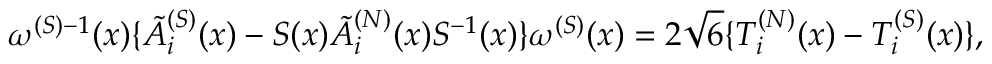
\omega ^ { ( S ) - 1 } ( x ) \{ \tilde { A } _ { i } ^ { ( S ) } ( x ) - S ( x ) \tilde { A } _ { i } ^ { ( N ) } ( x ) S ^ { - 1 } ( x ) \} \omega ^ { ( S ) } ( x ) = 2 \sqrt { 6 } \{ { \cal T } _ { i } ^ { ( N ) } ( x ) - { \cal T } _ { i } ^ { ( S ) } ( x ) \} ,